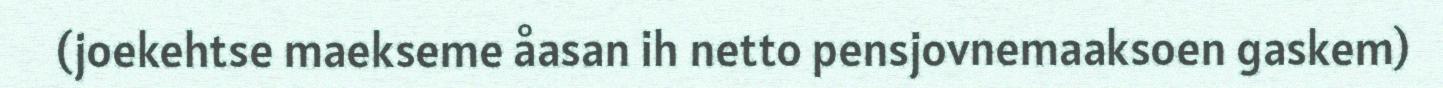
(joekehtse maekseme åasan ih netto pensjovnemaaksoen gaskem)